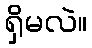
ရှိမလဲ။